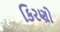
કિરણો